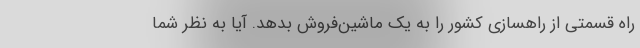
راه قسمتی از راهسازی کشور را به یک ماشین‌فروش بدهد. آیا به نظر شما